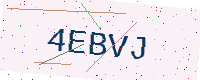
Text: 4EBVJ